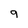
Character: 9